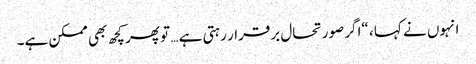
انہوں نے کہا ، “اگر صورتحال برقرار رہتی ہے … تو پھر کچھ بھی ممکن ہے۔